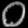
Digit: ၀